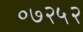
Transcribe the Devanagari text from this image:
०७२५२